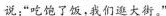
说：”吃饱了饭，我们逛大街。”